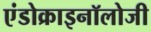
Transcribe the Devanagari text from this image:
एंडोक्राइनॉलोजी